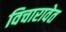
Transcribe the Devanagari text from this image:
विचारावेत